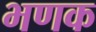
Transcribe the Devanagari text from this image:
भणक